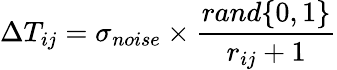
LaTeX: \Delta T_{ij}=\sigma_{noise}\times\frac{rand\{ 0,1\} }{r_{ij}+1}